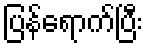
ပြန်ရောက်ပြီး